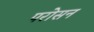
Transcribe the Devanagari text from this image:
परोसन